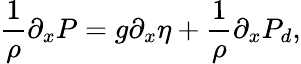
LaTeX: \frac{1}{\rho}\partial_{x}P=g\partial_{x}\eta+\frac{1}{\rho}\partial_{x}P_{d},